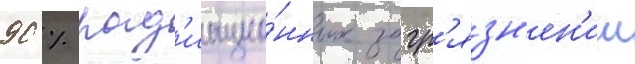
90 % рад'иацио́нных загр'язн'ен'ии